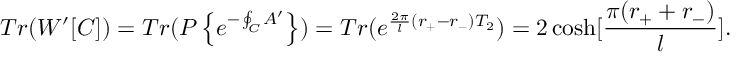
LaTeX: T r ( W ^ { \prime } [ { \cal C } ] ) = T r ( P \left\{ e ^ { - \oint _ { \cal C } A ^ { \prime } } \right\} ) = T r ( e ^ { { { \frac { 2 \pi } { l } } ( r _ { + } - r _ { - } ) } T _ { 2 } } ) = 2 \cosh [ { \frac { \pi ( r _ { + } + r _ { - } ) } { l } } ] .